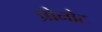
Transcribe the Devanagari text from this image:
प्रोनोट